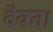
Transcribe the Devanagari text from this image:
दैवत।